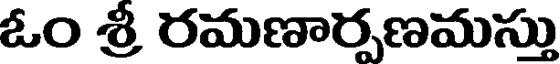
ఓం శ్రీ రమణార్పణమస్తు